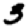
Digit: 3